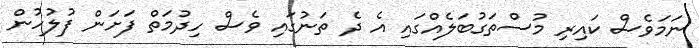
ނަމަވެސް ކައިރި މުސްތަގުބަލެއްގައި އެ ދެ ތަނުގައި ވެސް ހިދުމަތް ފަށަން ފުލުހުން